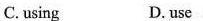
C. using D. use